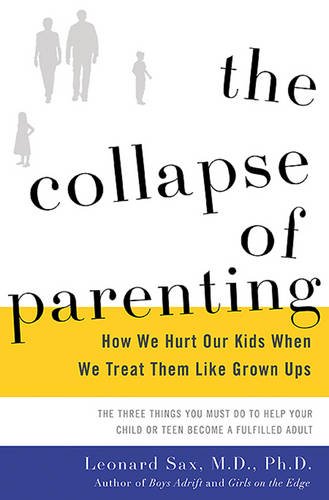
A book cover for The Collapse of Parenting: How We Hurt Our Kids When We Treat Them Like Grown-Ups; Leonard Sax; Medical Books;